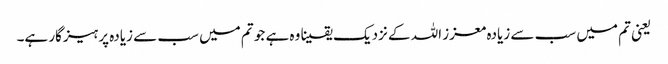
‌ یعنی تم میں سب سے زیادہ معزز اللہ کے نزدیک یقینا وہ ہے جو تم میں سب سے زیادہ پرہیزگار ہے۔